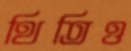
থিতিও